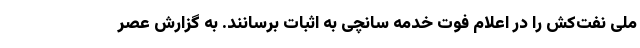
ملی نفت‌کش را در اعلام فوت خدمه سانچی به اثبات برسانند. به گزارش عصر